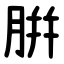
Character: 腁